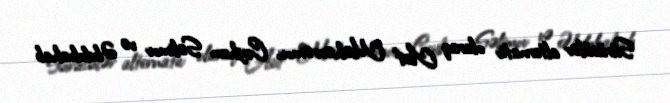
Sürücülər alternativ olaraq Asif Məhərrəmov, Ceyhun Səlimov və Əbdulvahab